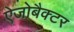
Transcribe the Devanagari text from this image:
ऐजोबैक्टर